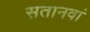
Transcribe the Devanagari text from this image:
सतानवां